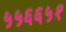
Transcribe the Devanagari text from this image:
५५६६५१